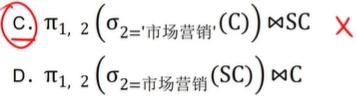
C. $\pi_{1,2}(\sigma_{2='市场营销'}(C)) \bowtie SC \times$
D. $\pi_{1,2}(\sigma_{2=市场营销}(SC)) \bowtie C$